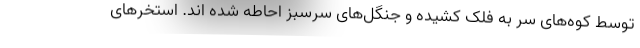
توسط کوه‌های سر به فلک کشیده و جنگل‌های سرسبز احاطه شده اند. استخر‌های